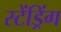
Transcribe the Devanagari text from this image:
स्टेंड्रिंग